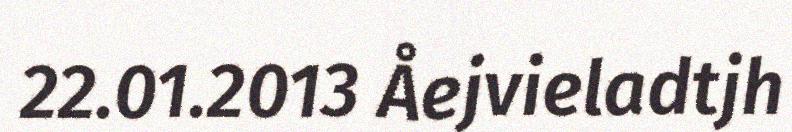
22.01.2013 Åejvieladtjh